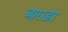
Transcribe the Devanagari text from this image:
बाराड़ा